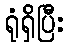
ရုံရှိပြီး